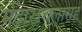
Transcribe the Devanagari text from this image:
मंदाराचलासह